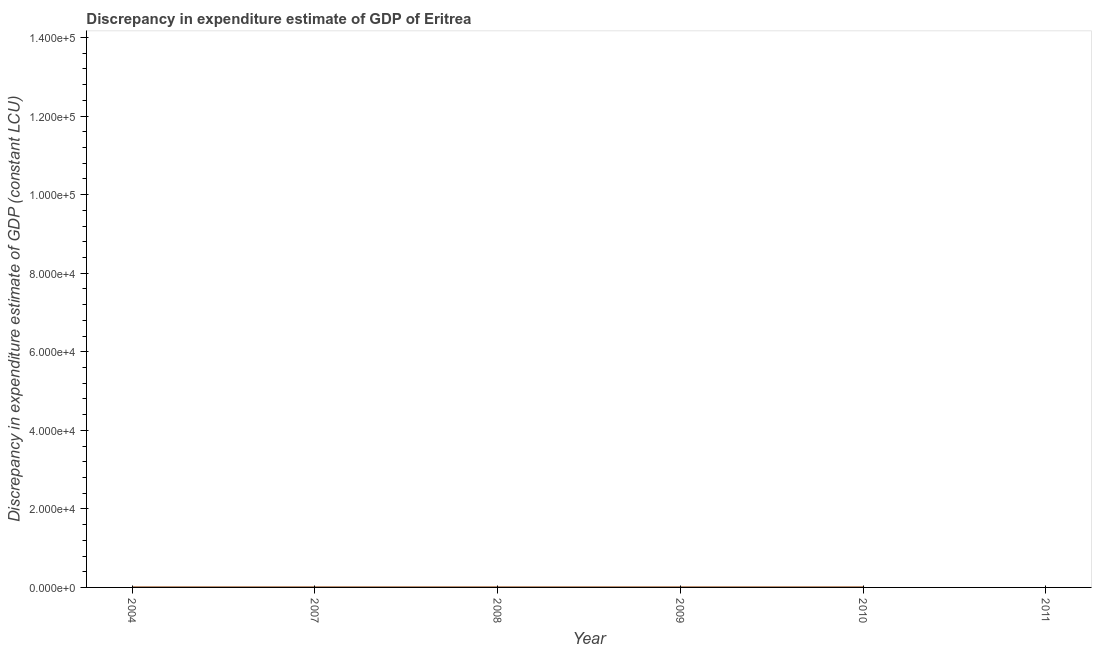
| Year | Discrepancy constant LCU |
 | --- | --- |
 | 2004 | 0.0001 |
 | 2007 | 0.0001 |
 | 2008 | 0.0001 |
 | 2009 | 0.0001 |
 | 2010 | 0.0002 |
 | 2011 | -2.83e+06 |